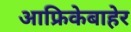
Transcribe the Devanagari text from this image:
आफ्रिकेबाहेर